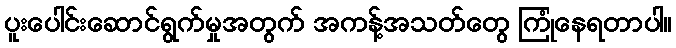
ပူးပေါင်းဆောင်ရွက်မှုအတွက် အကန့်အသတ်တွေ ကြုံနေရတာပါ။